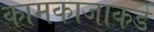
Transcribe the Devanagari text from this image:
कामकाजाकडे